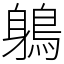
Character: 鵢